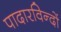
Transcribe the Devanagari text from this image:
पादारविन्दों